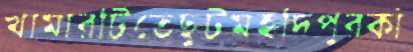
খামারটিতেছুটমহদিপুরকাঁ